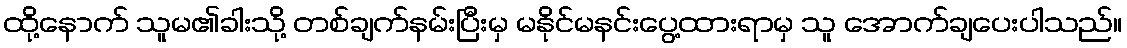
ထို့နောက် သူမ၏ခါးသို့ တစ်ချက်နမ်းပြီးမှ မနိုင်မနင်းပွေ့ထားရာမှ သူ အောက်ချပေးပါသည်။